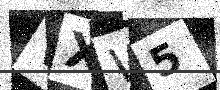
Text: VXW5